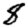
Digit: 8